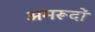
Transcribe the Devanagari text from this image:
अमरूदों